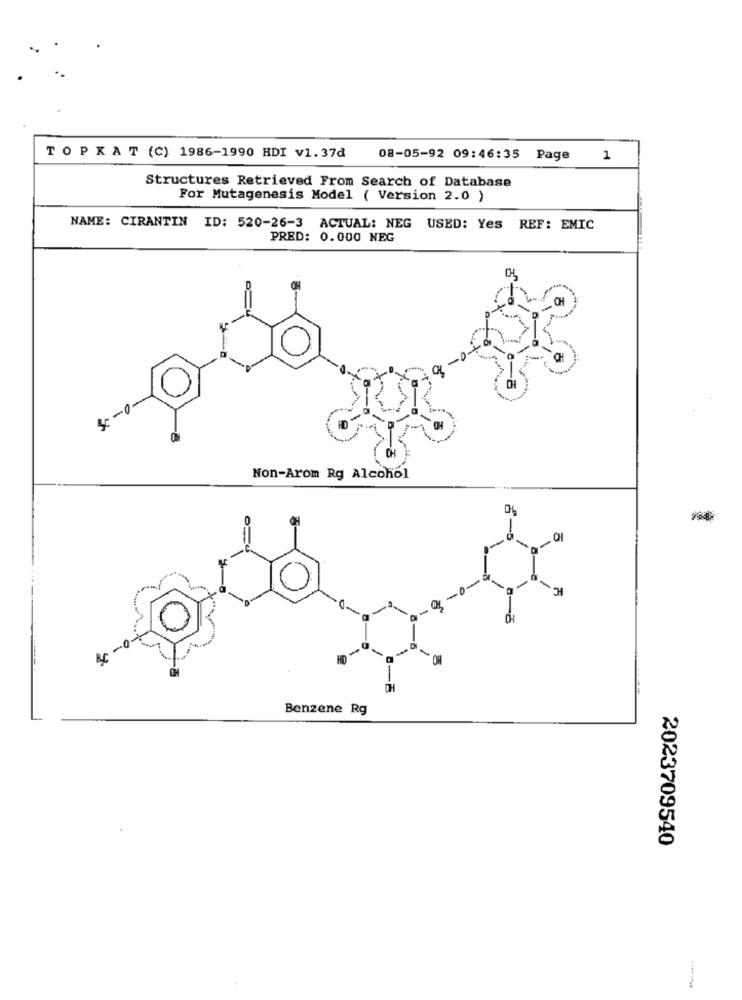
TOPKAT (C) 1986-1990 HDI v1.37₫
08-05-92 09:46:35 Page 1
Structures Retrieved From Search of Database
For Mutagenesis Model ( Version 2.0 )
NAME: CIRANTIN ID: 520-26-3 ACTUAL: NEG USED: Yes REF: EMIC
PRED: 0.000 NEG
Non-Arom Rg Alcohol
0%
O
OH
**
Benzene Rg
2023709540